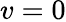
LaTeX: v=0